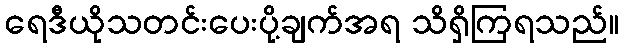
ရေဒီယိုသတင်းပေးပို့ချက်အရ သိရှိကြရသည်။